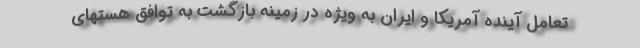
تعامل آینده آمریکا و ایران به ویژه در زمینه بازگشت به توافق هستهای